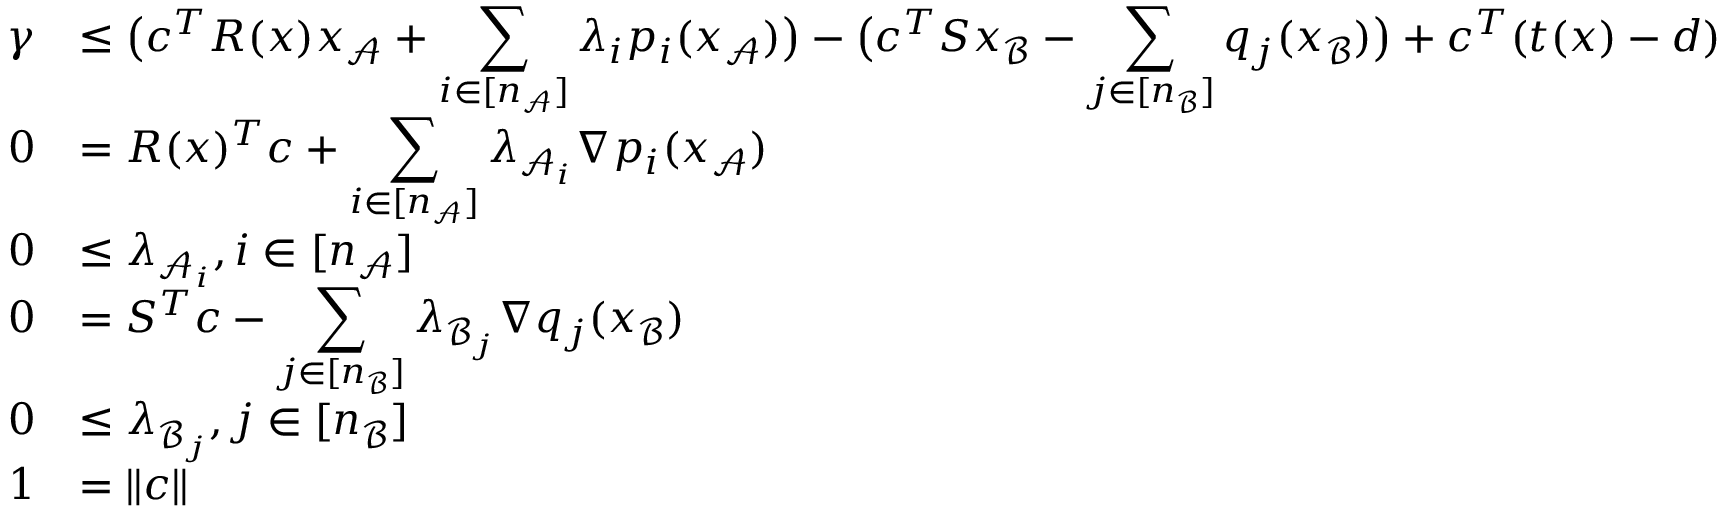
\begin{array} { r l } { \gamma } & { \leq \big ( c ^ { T } R ( x ) x _ { \mathcal { A } } + \displaystyle \sum _ { i \in [ n _ { \mathcal { A } } ] } \lambda _ { i } p _ { i } ( x _ { \mathcal { A } } ) \big ) - \big ( c ^ { T } S x _ { \mathcal { B } } - \displaystyle \sum _ { j \in [ n _ { \mathcal { B } } ] } q _ { j } ( x _ { \mathcal { B } } ) \big ) + c ^ { T } ( t ( x ) - d ) } \\ { 0 } & { = R ( x ) ^ { T } c + \displaystyle \sum _ { i \in [ n _ { \mathcal { A } } ] } \lambda _ { \mathcal { A } _ { i } } \nabla p _ { i } ( x _ { \mathcal { A } } ) } \\ { 0 } & { \leq \lambda _ { \mathcal { A } _ { i } } , i \in [ n _ { \mathcal { A } } ] } \\ { 0 } & { = S ^ { T } c - \displaystyle \sum _ { j \in [ n _ { \mathcal { B } } ] } \lambda _ { \mathcal { B } _ { j } } \nabla q _ { j } ( x _ { \mathcal { B } } ) } \\ { 0 } & { \leq \lambda _ { \mathcal { B } _ { j } } , j \in [ n _ { \mathcal { B } } ] } \\ { 1 } & { = \| c \| } \end{array}